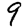
Digit: 9